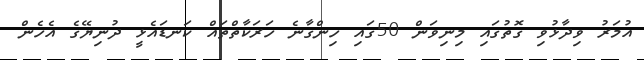
އުމަރު ވިދާޅުވި ގޮތުގައި މިނިވަން 50ގައި ހިންގާނެ ހަރަކާތްތައް ކަނޑައެޅީ ދުނިޔޭގެ އެހެން